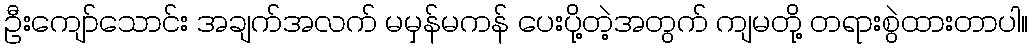
ဦးကျော်သောင်း အချက်အလက် မမှန်မကန် ပေးပို့တဲ့အတွက် ကျမတို့ တရားစွဲထားတာပါ။